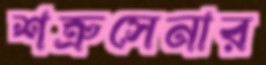
শত্রুসেনার